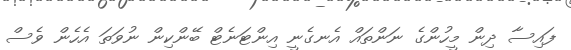
ފައިސާ ދިން މީހުންގެ ނަންތައް އެނގެނީ އިންޓަނެޓް ބޭންކިން ނުވަތަ އެހެން ވެސް